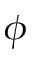
\phi